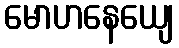
မောဟနေယျေ